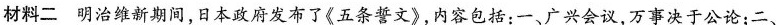
材料二 明治维新期间，日本政府发布了《五条誓文》，内容包括：一、广兴会议，万事决于公论；二、